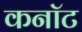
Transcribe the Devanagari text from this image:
कनाॅट